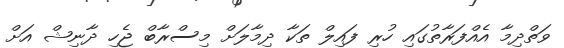
ވަތްދިމާ އެއްފަރާތުގައި ހުރި ފައިލް ތަކާ ދިމާލަށް މިސްރާބް ޖެހި ދާނިޝް އަށް